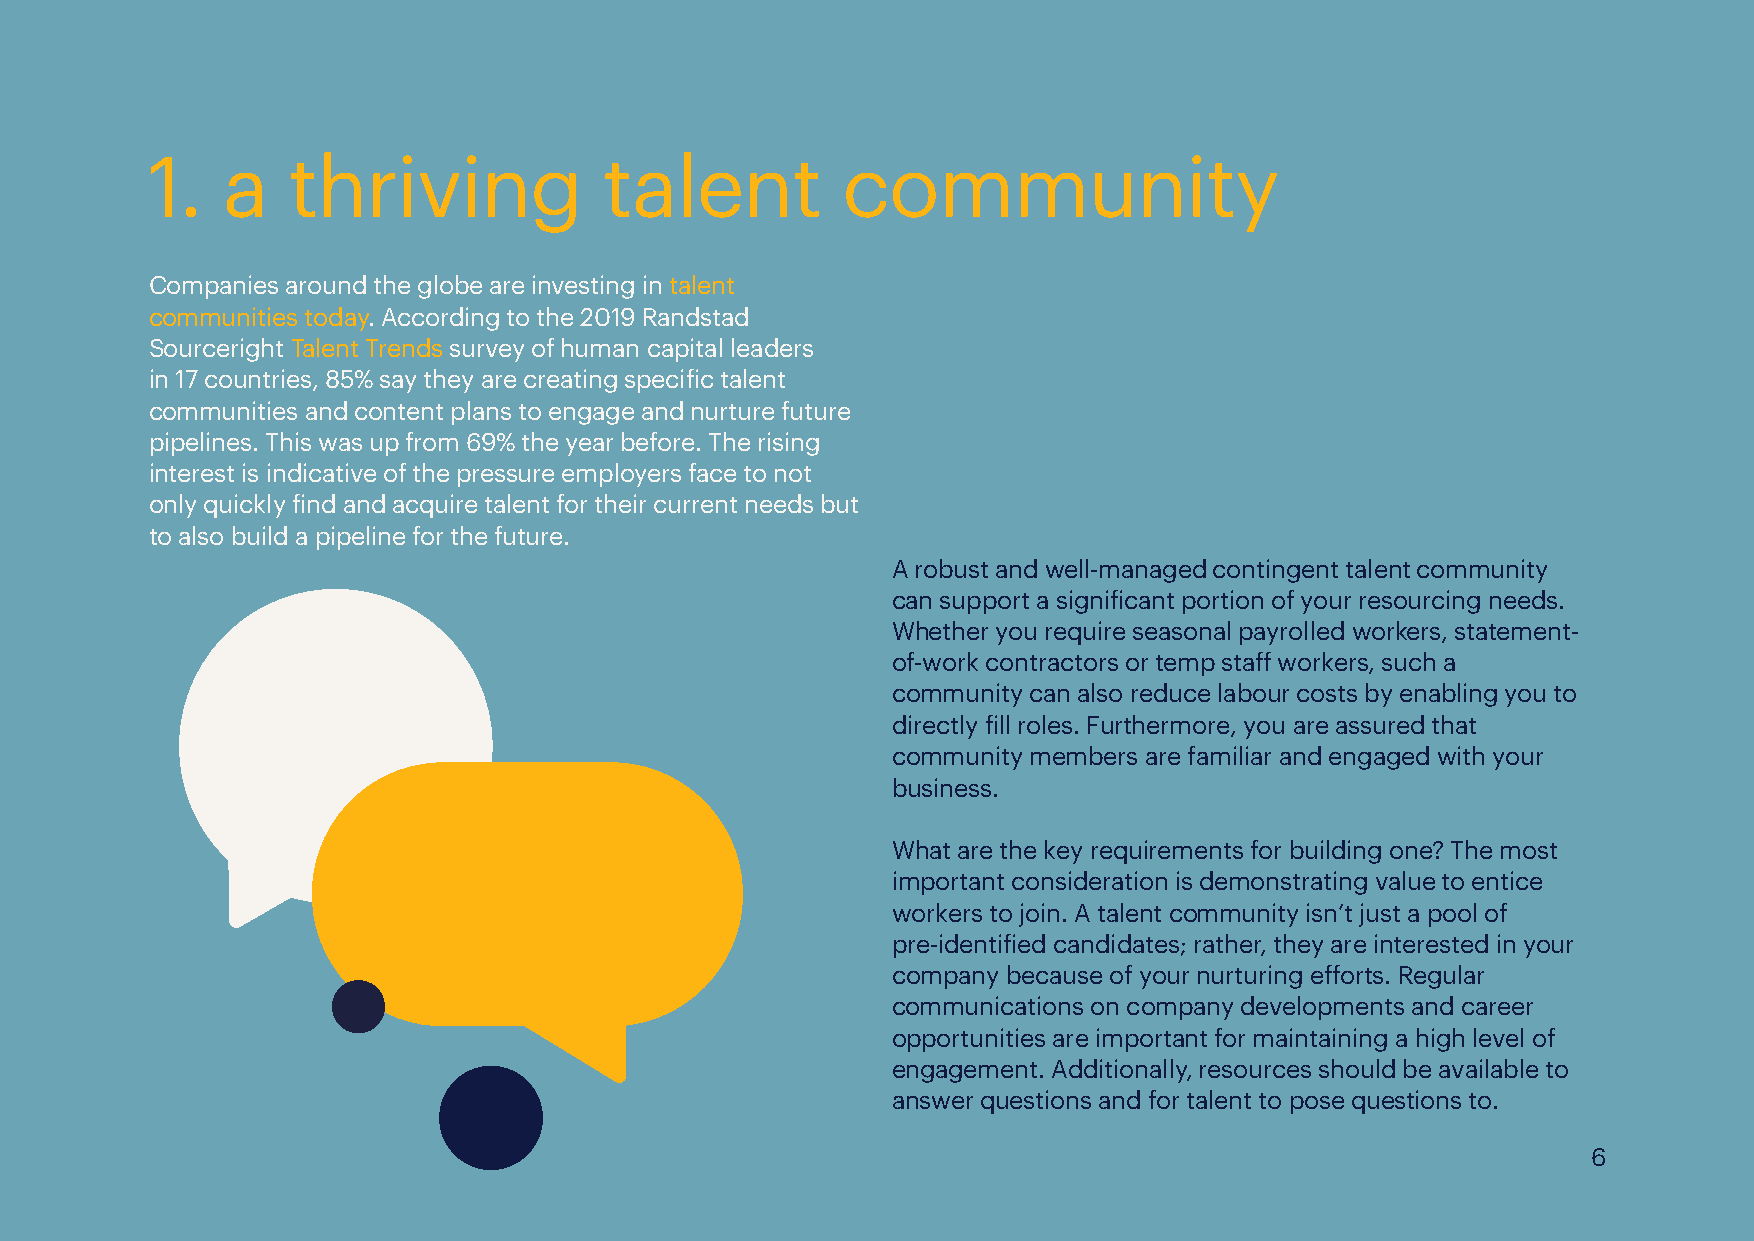
1.   a   thriving             talent          community
 Companies around the globe are investing in talent
 communities today. According to the 2019 Randstad
 Sourceright Talent Trends survey of human capital leaders
 in 17 countries, 85% say they are creating specific talent
 communities and content plans to engage and nurture future
 pipelines. This was up from 69% the year before. The rising
 interest is indicative of the pressure employers face to not
 only quickly find and acquire talent for their current needs but
 to also build a pipeline for the future.
 A robust and well-managed contingent talent community
 can support a significant portion of your resourcing needs.
 Whether you require seasonal payrolled workers, statement-
 of-work contractors or temp staff workers, such a
 community can also reduce labour costs by enabling you to
 directly fill roles. Furthermore, you are assured that
 community members are familiar and engaged with your
 business.
 What are the key requirements for building one? The most
 important consideration is demonstrating value to entice
 workers to join. A talent community isn’t just a pool of
 pre-identified candidates; rather, they are interested in your
 company because of your nurturing efforts. Regular
 communications on company developments and career
 opportunities are important for maintaining a high level of
 engagement. Additionally, resources should be available to
 answer questions and for talent to pose questions to.
 6